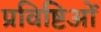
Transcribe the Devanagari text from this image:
प्रविष्टिओं